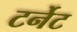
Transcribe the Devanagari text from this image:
टर्नेट